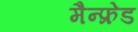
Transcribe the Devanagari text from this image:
मैन्फ्रेड